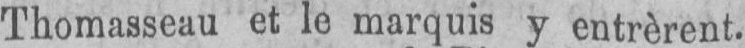
Thomasseau et le marquis y entrèrent.